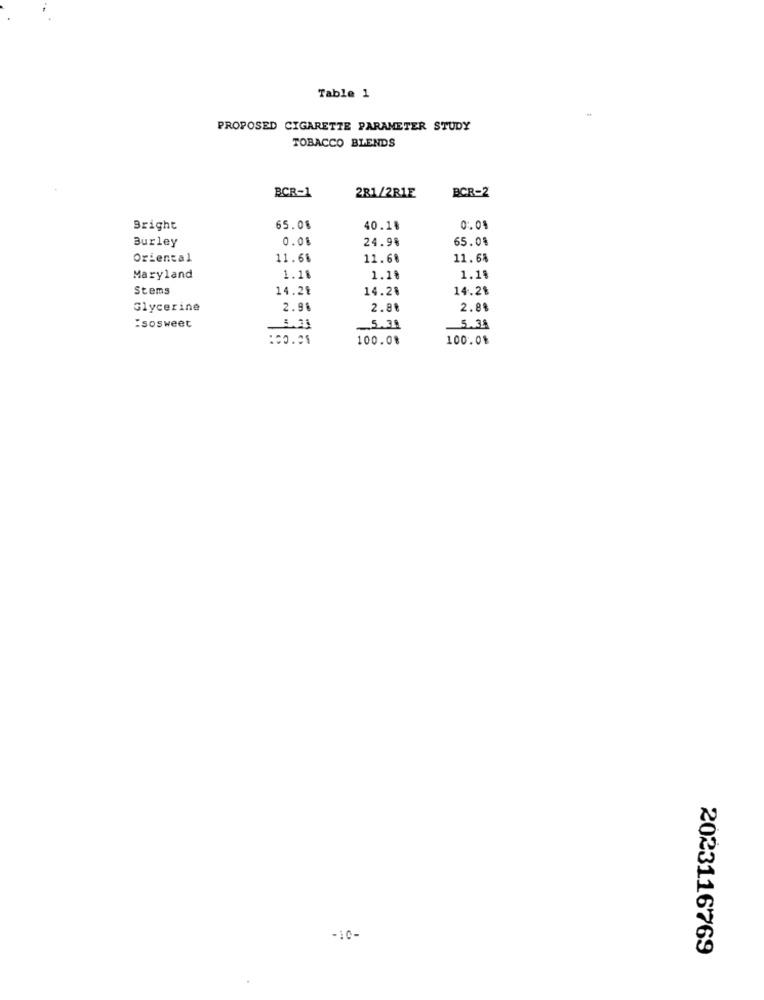
Table 1
PROPOSED CIGARETTE PARAMETER STUDY
TOBACCO BLENDS
BCR-2
BCR-1
281/2R1E
Bright
65.08
40.18
0.04
Burley
0.01
24.98
65.0%
Oriental
11.68
11.68
11.68
Maryland
1.18
1.1%
1.18
Stems
14.29
14.2%
14.2%
Glycerine
2.98
2.88
2.8%
:sosweet
5.30
5.38
100.0%
100.0%
-10-
2023116769